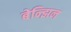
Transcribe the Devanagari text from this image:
बेन्झिन